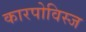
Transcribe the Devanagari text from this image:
कारपोविस्ज